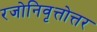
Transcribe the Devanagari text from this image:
रजोनिवृत्तोत्तर